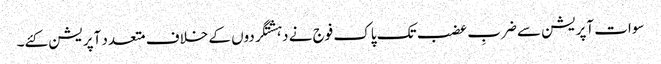
سوات آپریشن سے ضربِ عضب تک پاک فوج نے دہشتگردوں کے خلاف متعدد آپریشن کئے۔